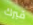
قبرك